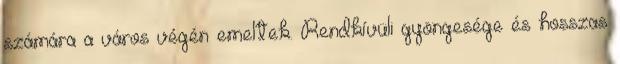
számára a város végén emeltek. Rendkívüli gyöngesége és hosszas